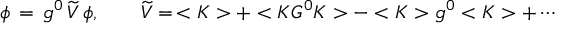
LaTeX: \phi \, = \, g ^ { 0 } \, \widetilde V \, \phi , \qquad \widetilde V = \, < K > + < K G ^ { 0 } K > - < K > g ^ { 0 } < K > + \cdots